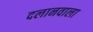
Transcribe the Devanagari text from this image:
दलानवाला